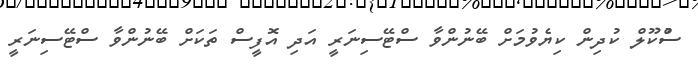
ސްުކޫލް ކުދިން ކިޔެވުމަށް ބޭނުންވާ ސްޓޭސިނަރީ އަދި އޮފީސް ތަކަށް ބޭނުންވާ ސްޓޭސިނަރީ